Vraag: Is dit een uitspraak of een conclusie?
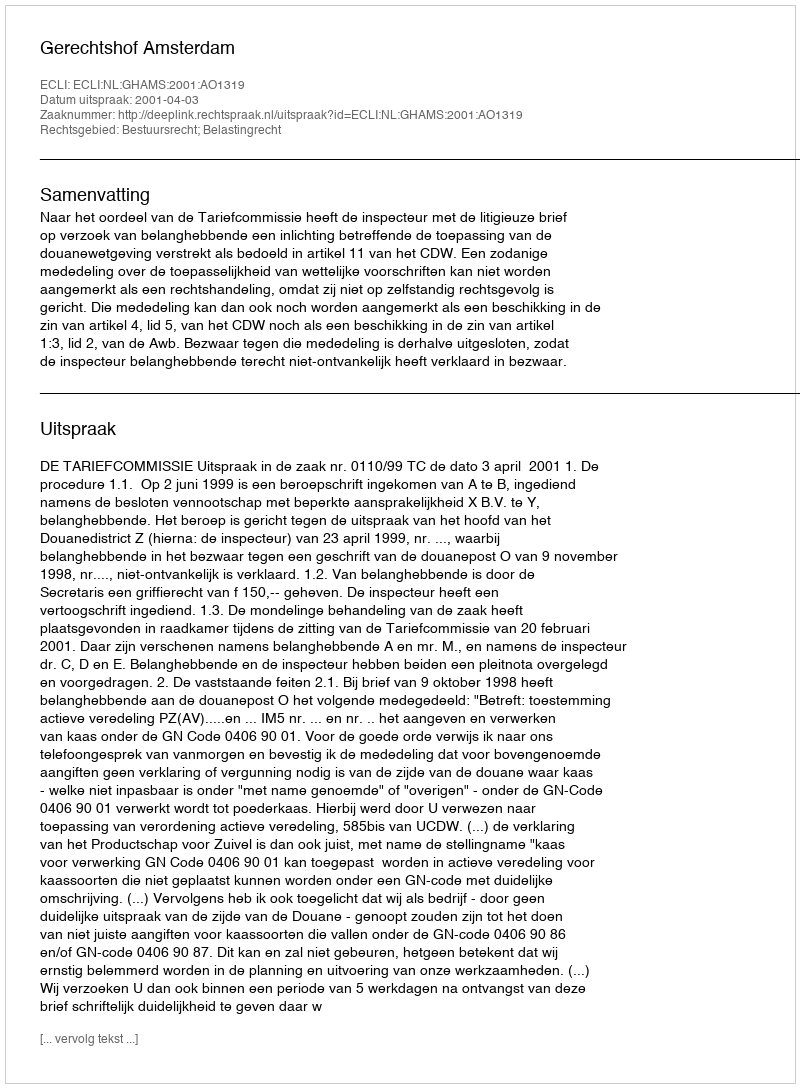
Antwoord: Uitspraak